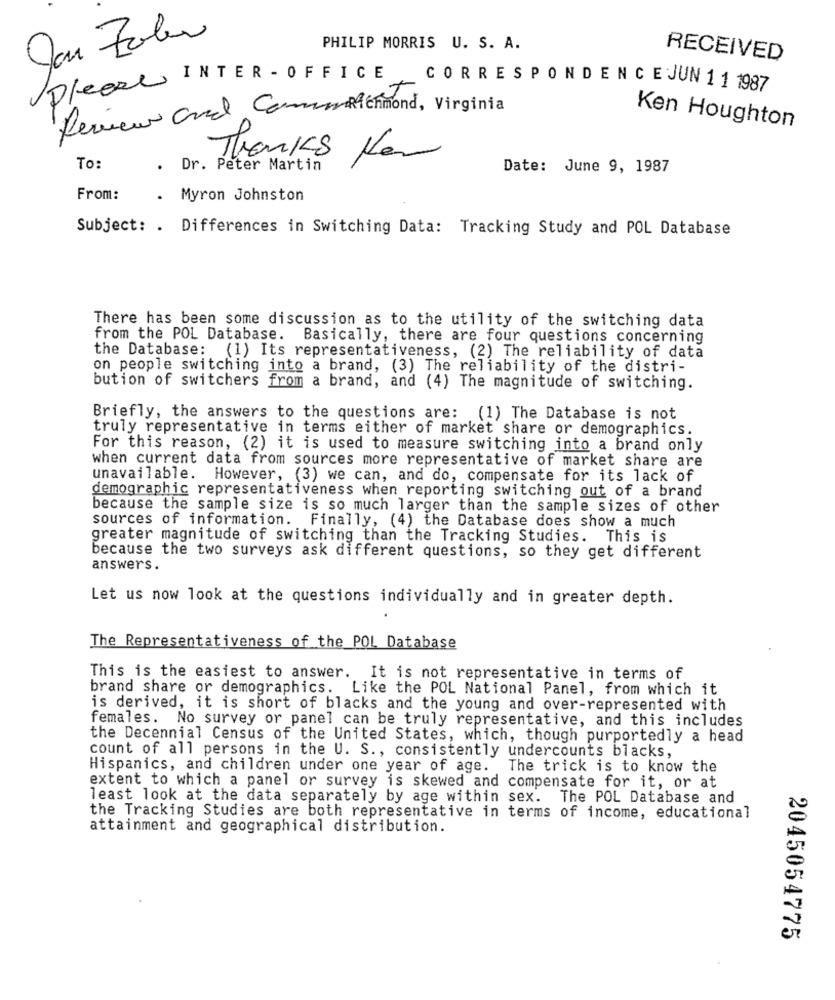
PHILIP MORRIS U. S. A.
RECEIVED
/Dleel INTER - OFFICE . CORRESPONDENCEJUN 11 1987
Review and Comuna enmond, Virginia
Ken Houghton
Thanks Ner
To:
.
Dr. Peter Martin
Date: June 9, 1987
From:
. Myron Johnston
Subject: . Differences in Switching Data: Tracking Study and POL Database
There has been some discussion as to the utility of the switching data
from the POL Database. Basically, there are four questions concerning
the Database: (1) Its representativeness, (2) The reliability of data
on people switching into a brand, (3) The reliability of the distri-
bution of switchers from a brand, and (4) The magnitude of switching.
Briefly, the answers to the questions are: (1) The Database is not
truly representative in terms either of market share or demographics.
For this reason, (2) it is used to measure switching into a brand only
when current data from sources more representative of market share are
unavailable. However, (3) we can, and do, compensate for its lack of
demographic representativeness when reporting switching out of a brand
because the sample size is so much larger than the sample sizes of other
sources of information. Finally, (4) the Database does show a much
greater magnitude of switching than the Tracking Studies. This is
because the two surveys ask different questions, so they get different
answers.
Let us now look at the questions individually and in greater depth.
The Representativeness of the POL Database
This is the easiest to answer. It is not representative in terms of
brand share or demographics. Like the POL National Panel, from which it
is derived, it is short of blacks and the young and over-represented with
females. No survey or panel can be truly representative, and this includes
the Decennial Census of the United States, which, though purportedly a head
count of all persons in the U. S ., consistently undercounts blacks,
Hispanics, and children under one year of age. The trick is to know the
extent to which a panel or survey is skewed and compensate for it, or at
least look at the data separately by age within sex. The POL Database and
the Tracking Studies are both representative in terms of income, educational
attainment and geographical distribution.
2045054775